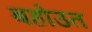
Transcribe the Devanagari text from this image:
बहोउत